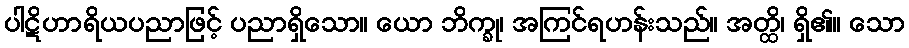
ပါဋိဟာရိယပညာဖြင့် ပညာရှိသော။ ယော ဘိက္ခု၊ အကြင်ရဟန်းသည်။ အတ္ထိ၊ ရှိ၏။ သော